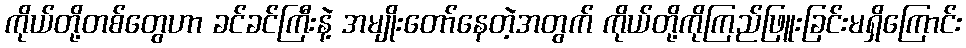
ကိုယ်တို့တစ်တွေဟာ ခင်ခင်ကြီးနဲ့ အမျိုးတော်နေတဲ့အတွက် ကိုယ်တို့ကိုကြည်ဖြူးခြင်းမရှိကြောင်း